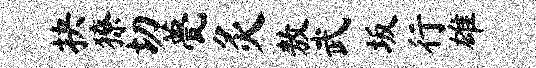
抉獠切甍灸敖武坂行雄